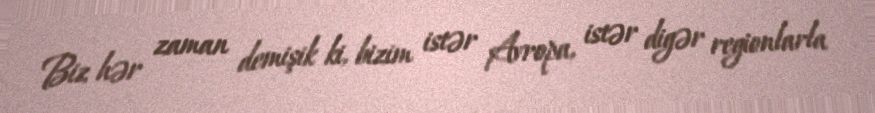
Biz hər zaman demişik ki, bizim istər Avropa, istər digər regionlarla